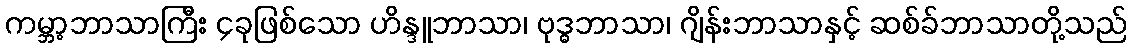
ကမ္ဘာ့ဘာသာကြီး ၄ခုဖြစ်သော ဟိန္ဒူဘာသာ၊ ဗုဒ္ဓဘာသာ၊ ဂျိန်းဘာသာနှင့် ဆစ်ခ်ဘာသာတို့သည်